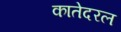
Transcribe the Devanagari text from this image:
कातेदरल